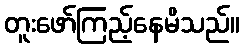
တူးဖော်ကြည့်နေမိသည်။